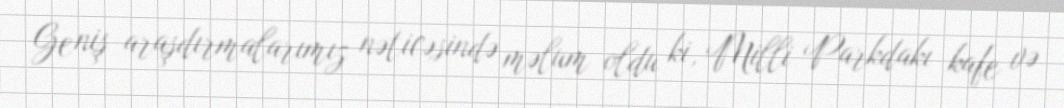
Geniş araşdırmalarımız nəticəsində məlum oldu ki, Milli Parkdakı kafe və